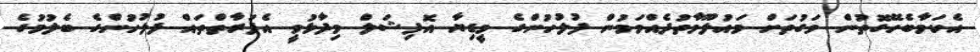
އެކަމާބެހޭގޮތުން ވަގުތަށް މައުލޫމާތުދެއްވަމުން ފުލުހުންގެ މީޑިޔާ އޮފިޝަލް ވިދާޅުވީ އެފަރާތްތައް ފުލުހުންގެ ބެލުމުގެ